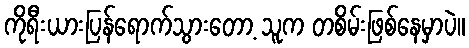
ကိုရီးယားပြန်ရောက်သွားတော့ သူက တစိမ်းဖြစ်နေမှာပဲ။